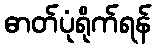
ဓာတ်ပုံရိုက်ရန်